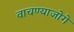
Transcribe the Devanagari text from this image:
वाचण्याजोगे